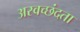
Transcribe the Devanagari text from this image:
अस्वच्छंदता